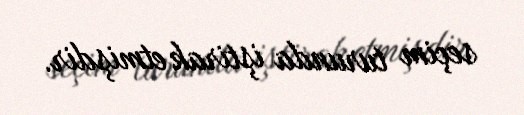
seçim turunda iştirak etmişdir.